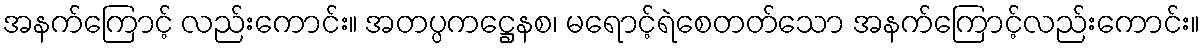
အနက်ကြောင့် လည်းကောင်း။ အတပ္ပကဋ္ဌေနစ၊ မရောင့်ရဲစေတတ်သော အနက်ကြောင့်လည်းကောင်း။